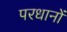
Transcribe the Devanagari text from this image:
परधानों